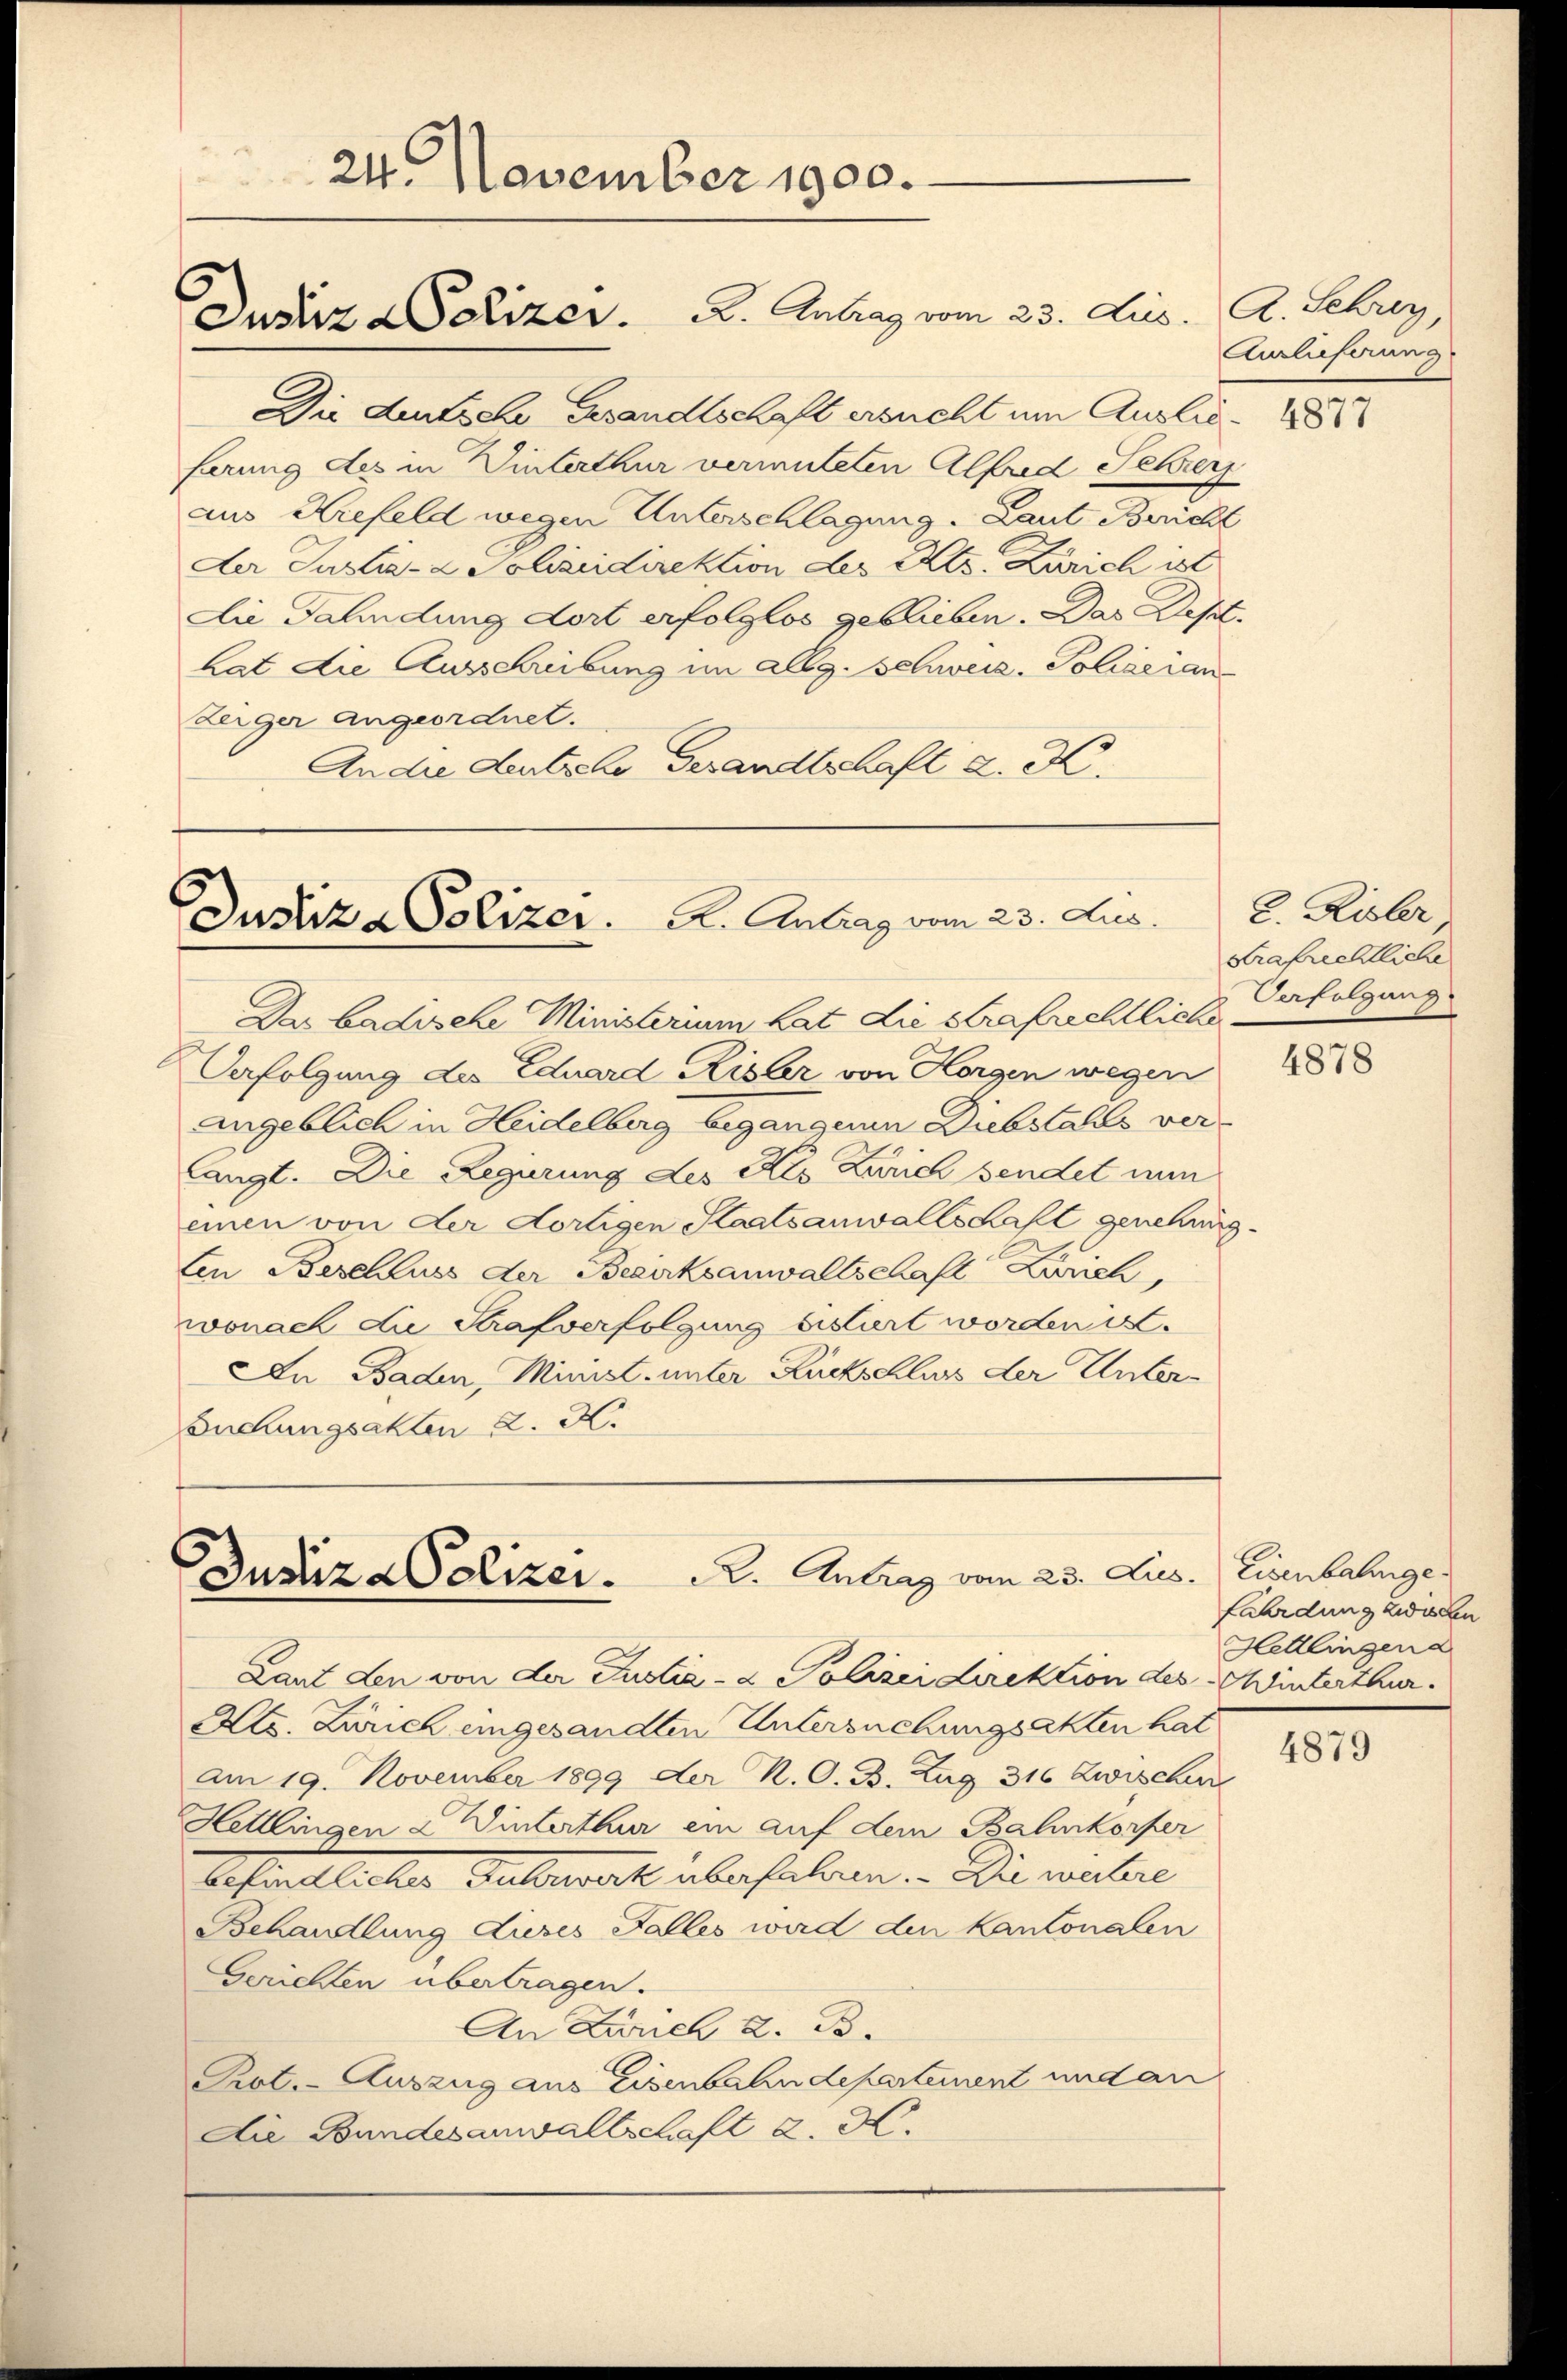
Die deutsche Gesandtschaft ersucht um Auslieferung des in Winterthur vermuteten Alfred Sehrer
aus Kiefeld wegen Unterschlagung. Laut Bericht
Der Justiz- & Polizeidirektion des Kts. Zürich ist
Die Fahndung dort erfolglos geblieben. Das Dest.
hat die Ausschreibung im allg. Schweiz. Polizeian
Zerger angeordnet.
An die deutsche Gesandtschaft d. K.

24. November 1900.

Justiz & Polizer. A. Antrag vom 23. Aus

Justiz & Polizer.   A. Antrag vom 23. Aus

R. Antrag vom 23. Jus.
Justiz-Polizei.

Das badische Ministerium hat die Strafrechtliche
Verfolgung des Eduard Risler von Horgen wegen
Angeblich in Heidelberg begangenen Diebstahls ver-
langt. Die Regierung des Als Zürich sendet nun
einen von der dortigen Staatsanwaltschaft genehmig-
ten Beschluss der Bezirksanwaltschaft Zürich,
wonach die Strafverfolgung sistirt worden u.
In Baden, Minist unter Rückschluss der Unter¬
Buchungsakten K. K.

Laut den von der Justiz- & Polizeidirektion des Winterthur.
Ats. Zürich eingesandten Untersuchungsakten hat
Am 19. November 1899 der N. O. B. Zug 316 Zwischen
Hettlingen & Winterthur ein auf dem Bahnkorper
lesentlicher Auswart überfahren. Du wahre
Behandlung dieses Falles wird den Kantonalen
Gerichten übertragen.
An Linel 2. B.
Pot.- Auszug aus Eisenbahndepartement und an
Die Bundesanwaltschaft 2. d.

A. Schrey,
Aurlieferung

4877

L. Kisler,
Strafrechtliche
Verfolgung.

4878

Eisenbahnge.
rdung zwischen
Hettlingen a

4879